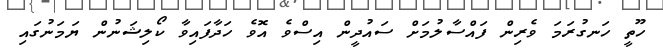
ހޫތީ ހަނގުރަމަ ވެރިން ފައްސާލުމަށް ސައުދީން އިސްވެ އޮވެ ހަދާފައިވާ ކޯލިޝަނުން ޔަމަނުގައި